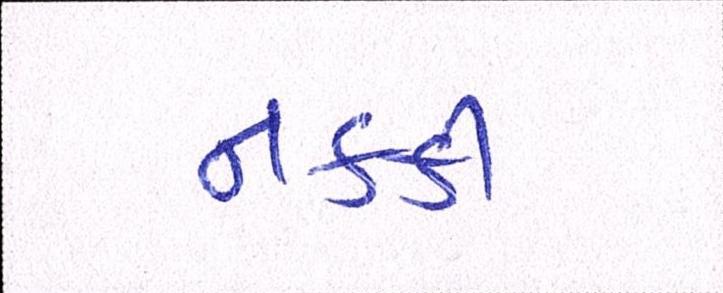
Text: નક્કી